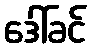
ဒေါ်ခင်